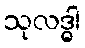
သုလဒ္ဓါ